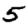
Digit: 5